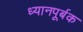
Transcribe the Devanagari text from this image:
ध्यानपूर्बक